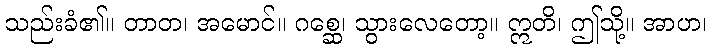
သည်းခံ၏။ တာတ၊ အမောင်။ ဂစ္ဆေ၊ သွားလေတော့။ ဣတိ၊ ဤသို့။ အာဟ၊